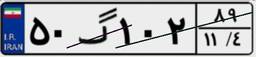
۸۴گ۲۰۶۵۷